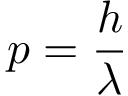
p = { \frac { h } { \lambda } }